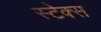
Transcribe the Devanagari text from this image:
स्टेक्स